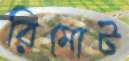
রিমোট